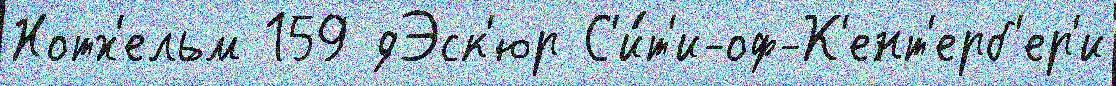
Нотх'ельм 159 дЭск'юр С'и́т'и-оф-К'ент'ерб'ер'и